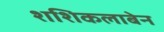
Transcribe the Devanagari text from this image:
शशिकलाबेन